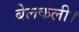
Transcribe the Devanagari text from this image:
बेलकली।